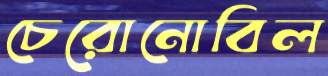
চেরোনোবিল